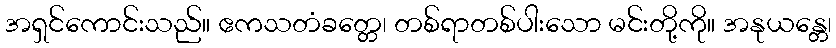
အရှင်ကောင်းသည်။ ဧကသတံခတ္တေ၊ တစ်ရာတစ်ပါးသော မင်းတို့ကို။ အနုယန္တေ၊